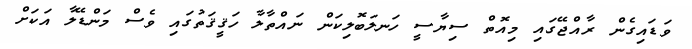
ވަޑައިގެން ރާއްޖޭގައި މިއޮތް ސިޔާސީ ހަނލަބޮލިކަން ނައްތާލާ ހަޤީޤަތުގައި ވެސް މަންޑޭލާ އަކަށް